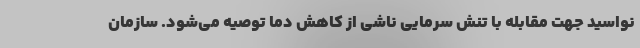
نواسید جهت مقابله با تنش سرمایی ناشی از کاهش دما توصیه می‌شود. سازمان